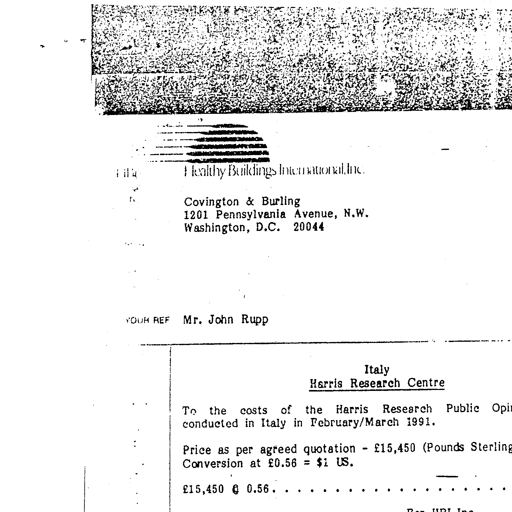
Healthy Buildings International, Inc.

Covington & Burling
1201 Pennsylvania Avenue, N.W.
Washington, D.C. 20044

YOUR REF Mr. John Rupp

Italy
Harris Research Centre

To the costs of the Harris Research Public Opi
conducted in Italy in February/March 1991.

Price as per agreed quotation - £15,450 (Pounds Sterling
Conversion at £0.56 = $1 US.

£15,450 @ 0.56 . . . . . . . . . . . . . . .